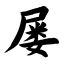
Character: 屡